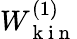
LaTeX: W_{\mathrm{~k~i~n~}}^{(1)}